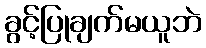
ခွင့်ပြုချက်မယူဘဲ